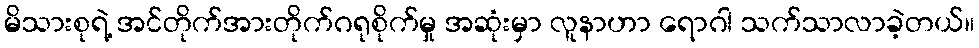
မိသားစုရဲ့ အင်တိုက်အားတိုက်ဂရုစိုက်မှု အဆုံးမှာ လူနာဟာ ရောဂါ သက်သာလာခဲ့တယ်။